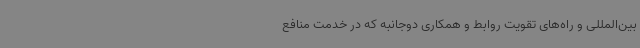
بین‌المللی و راه‌های تقویت روابط و همکاری دوجانبه که در خدمت منافع